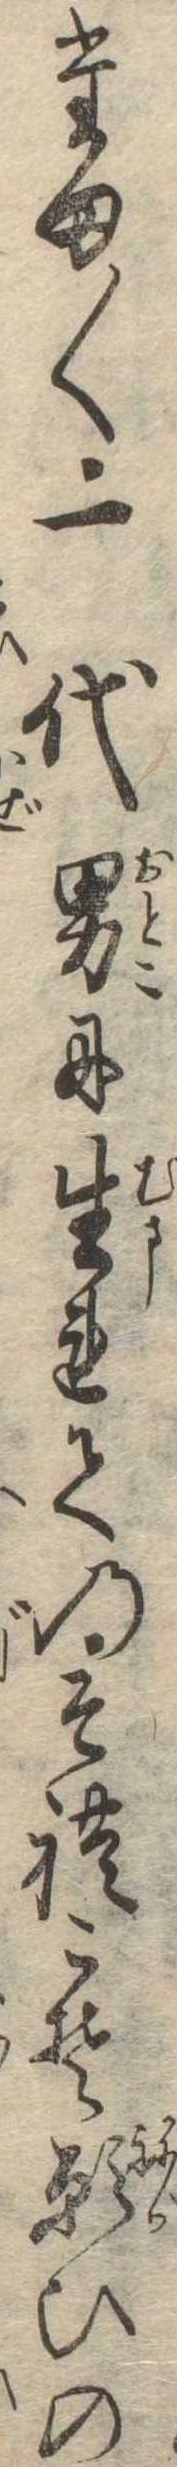
たま〱一代男に生れてのそれこそ願ひの